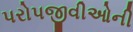
પરોપજીવીઓની